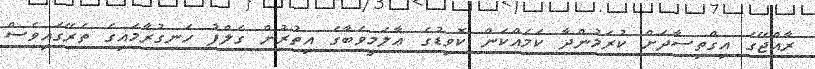
ރާއްޖޭގެ އިގްތިސާދަށް ކުރަމުންދާ ކަމެއްކަން ކޮވިޑުގެ ޢާލަމީވަބާގެ އިތުރުން ގަލްފު ހަނގުރާމައިގެ ތެރޭގައިވެސް